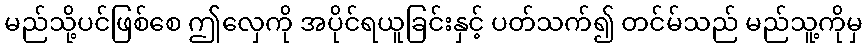
မည်သို့ပင်ဖြစ်စေ ဤလှေကို အပိုင်ရယူခြင်းနှင့် ပတ်သက်၍ တင်မ်သည် မည်သူ့ကိုမှ